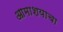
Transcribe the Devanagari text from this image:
आमाशयाचा